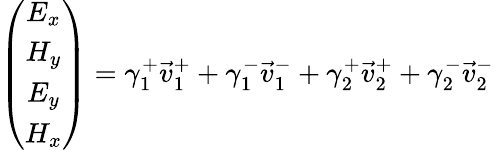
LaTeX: \left(\begin{array}{c}{E_{x}}\\ {H_{y}}\\ {E_{y}}\\ {H_{x}}\end{array}\right)=\gamma_{1}^{+}\vec{v}_{1}^{+}+\gamma_{1}^{-}\vec{v}_{1}^{-}+\gamma_{2}^{+}\vec{v}_{2}^{+}+\gamma_{2}^{-}\vec{v}_{2}^{-}